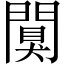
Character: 闃